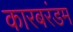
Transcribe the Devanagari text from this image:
कारबरंडम